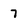
Character: 7